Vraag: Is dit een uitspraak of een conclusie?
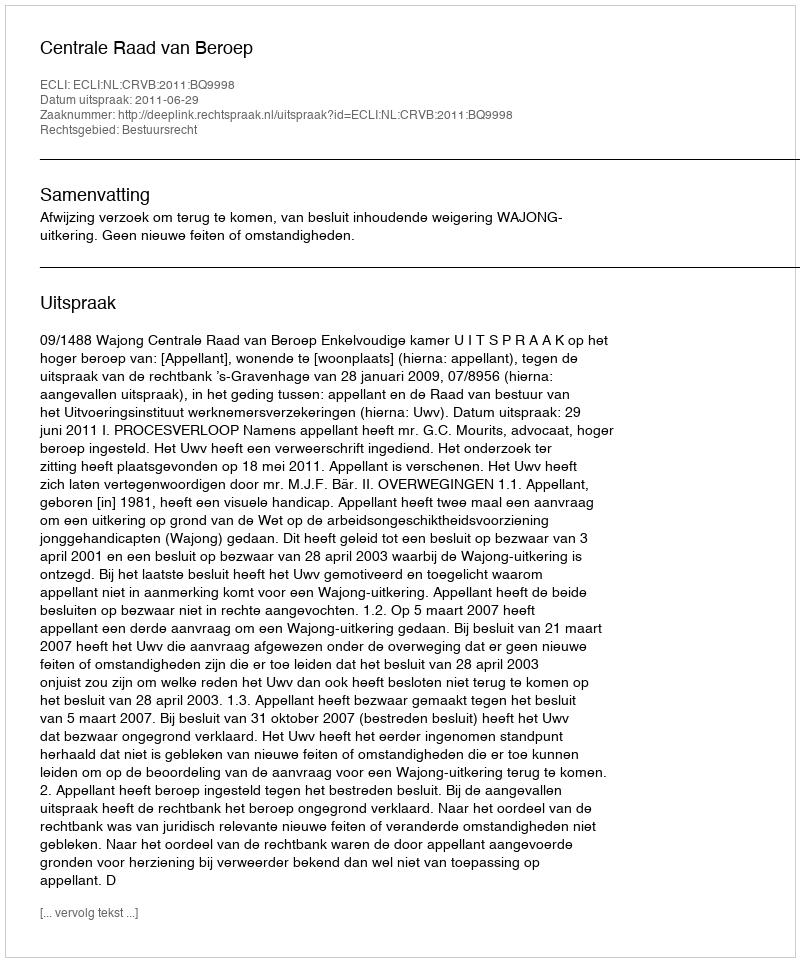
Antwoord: Uitspraak